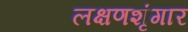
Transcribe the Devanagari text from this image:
लक्षणशृंगार